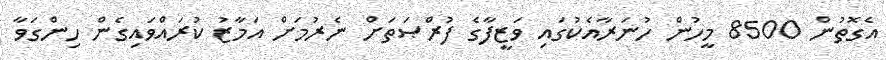
އެގޮތުން 8500 މީހުން ހުނަރާއެކުގައި ވަޒީފާގެ ފުރްޞަތަށް ނެރުމަށް އަމާޒު ކުރައްވައިގެން ހިންގަވާ